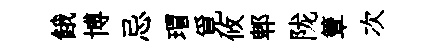
餓博忌瑁覓攸郫陇簟次